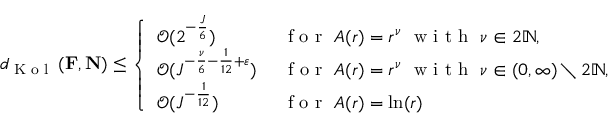
\begin{array} { r } { d _ { \textup { K o l } } \left( \mathbf { F } , \mathbf { N } \right) \leq \left\{ \begin{array} { l l } { \mathcal { O } ( 2 ^ { - \frac { J } { 6 } } ) } & { \ \textup { f o r } \ A ( r ) = r ^ { \nu } \ \textup { w i t h } \ \nu \in 2 \mathbb { N } , } \\ { \mathcal { O } ( J ^ { - \frac { \nu } { 6 } - \frac { 1 } { 1 2 } + \varepsilon } ) } & { \ \textup { f o r } \ A ( r ) = r ^ { \nu } \ \textup { w i t h } \ \nu \in ( 0 , \infty ) \setminus 2 \mathbb { N } , } \\ { \mathcal { O } ( J ^ { - \frac { 1 } { 1 2 } } ) } & { \ \textup { f o r } \ A ( r ) = \ln ( r ) } \end{array} \right. } \end{array}